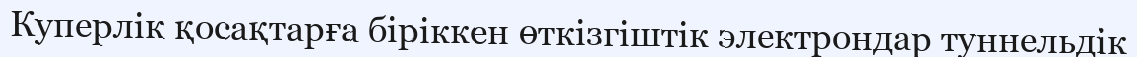
Куперлік қосақтарға біріккен өткізгіштік электрондар туннельдік